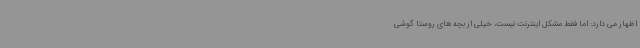
اظهار می دارد: اما فقط مشکل اینترنت نیست، خیلی از بچه های روستا گوشی